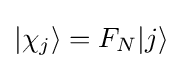
|\chi _{j}\rangle =F_{N}|j\rangle